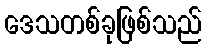
ဒေသတစ်ခုဖြစ်သည်